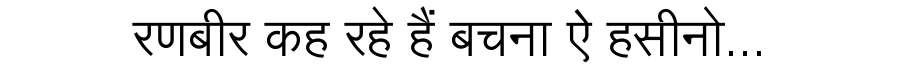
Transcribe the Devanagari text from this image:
रणबीर कह रहे हैं बचना ऐ हसीनो...